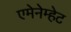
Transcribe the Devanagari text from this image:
एमेनेम्हेट